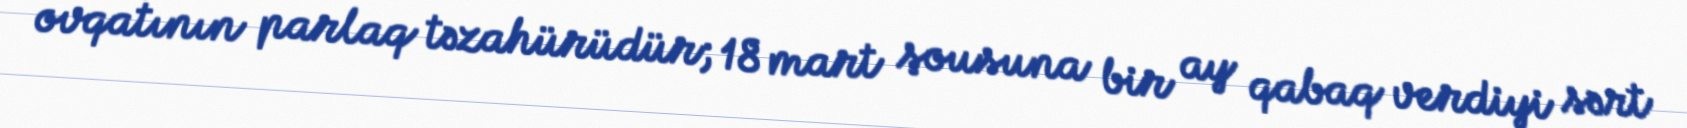
ovqatının parlaq təzahürüdür; 18 mart şousuna bir ay qabaq verdiyi sərt